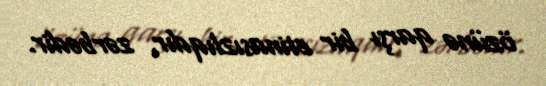
özünə qarşı bir etinasızlıqdır, zərbədir.